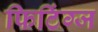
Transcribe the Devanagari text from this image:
फिटिंग्ज